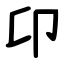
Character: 卬